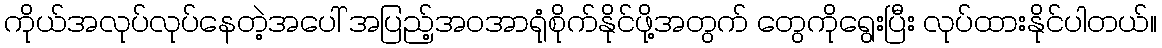
ကိုယ်အလုပ်လုပ်နေတဲ့အပေါ် အပြည့်အဝအာရုံစိုက်နိုင်ဖို့အတွက် တွေကိုရွေးပြီး လုပ်ထားနိုင်ပါတယ်။